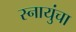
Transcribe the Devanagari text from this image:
स्नायुंचा